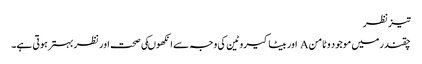
تیزنظر
چقندر میں موجود وٹامن A اور بیٹاکیروٹین کی وجہ سے انکھوںکی صحت اور نظر بہترہوتی ہے۔